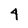
Character: 4